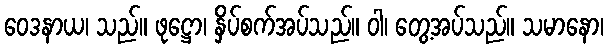
ဝေဒနာယ၊ သည်။ ဖုဋ္ဌော၊ နှိပ်စက်အပ်သည်။ ဝါ၊ တွေ့အပ်သည်။ သမာနော၊